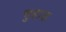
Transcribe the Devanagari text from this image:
चुहाड